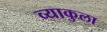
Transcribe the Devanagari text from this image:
व्याकुला